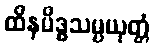
ထိနမိဒ္ဓသမ္ပယုတ္တံ